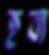
হব্য